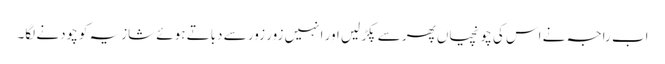
اب راجہ نے اس کی چونچیاں پھر سے پکڑ لیں اور انہیں زور زور سے دباتے ہوئے شازیہ کو چودنے لگا۔